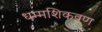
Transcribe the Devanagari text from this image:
धम्मशिकवण